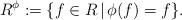
LaTeX: \begin{gather*}R^{\phi}:=\{f \in R \, | \, \phi(f)=f\}.\end{gather*}